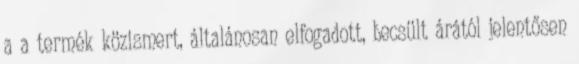
a a termék közismert, általánosan elfogadott, becsült árától jelentősen